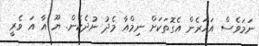
ނަމަވެސް އަހަރެން އެގޮތަކަށް ނިމްއާ މެދު ނުދެކެން. ޔޫ އާ އަ ވެރީ